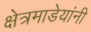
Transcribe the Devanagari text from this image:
क्षेत्रमाडेयांनी